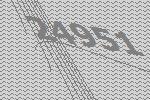
24951